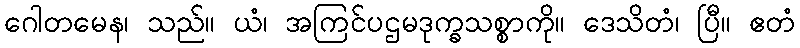
ဂေါတမေန၊ သည်။ ယံ၊ အကြင်ပဌမဒုက္ခသစ္စာကို။ ဒေသိတံ၊ ပြီ။ ဧတံ